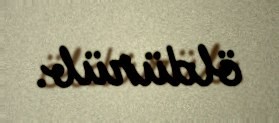
öldürüb.